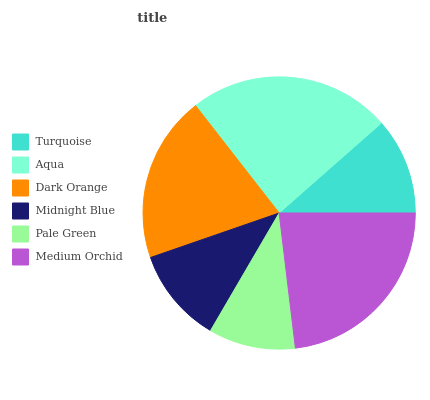
| Turquoise | Aqua | Dark Orange | Midnight Blue | Pale Green | Medium Orchid |
 | --- | --- | --- | --- | --- | --- |
 | 11.5% | 24% | 19.7% | 11.3% | 10.3% | 23.1% |